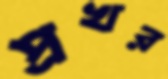
প্রখর